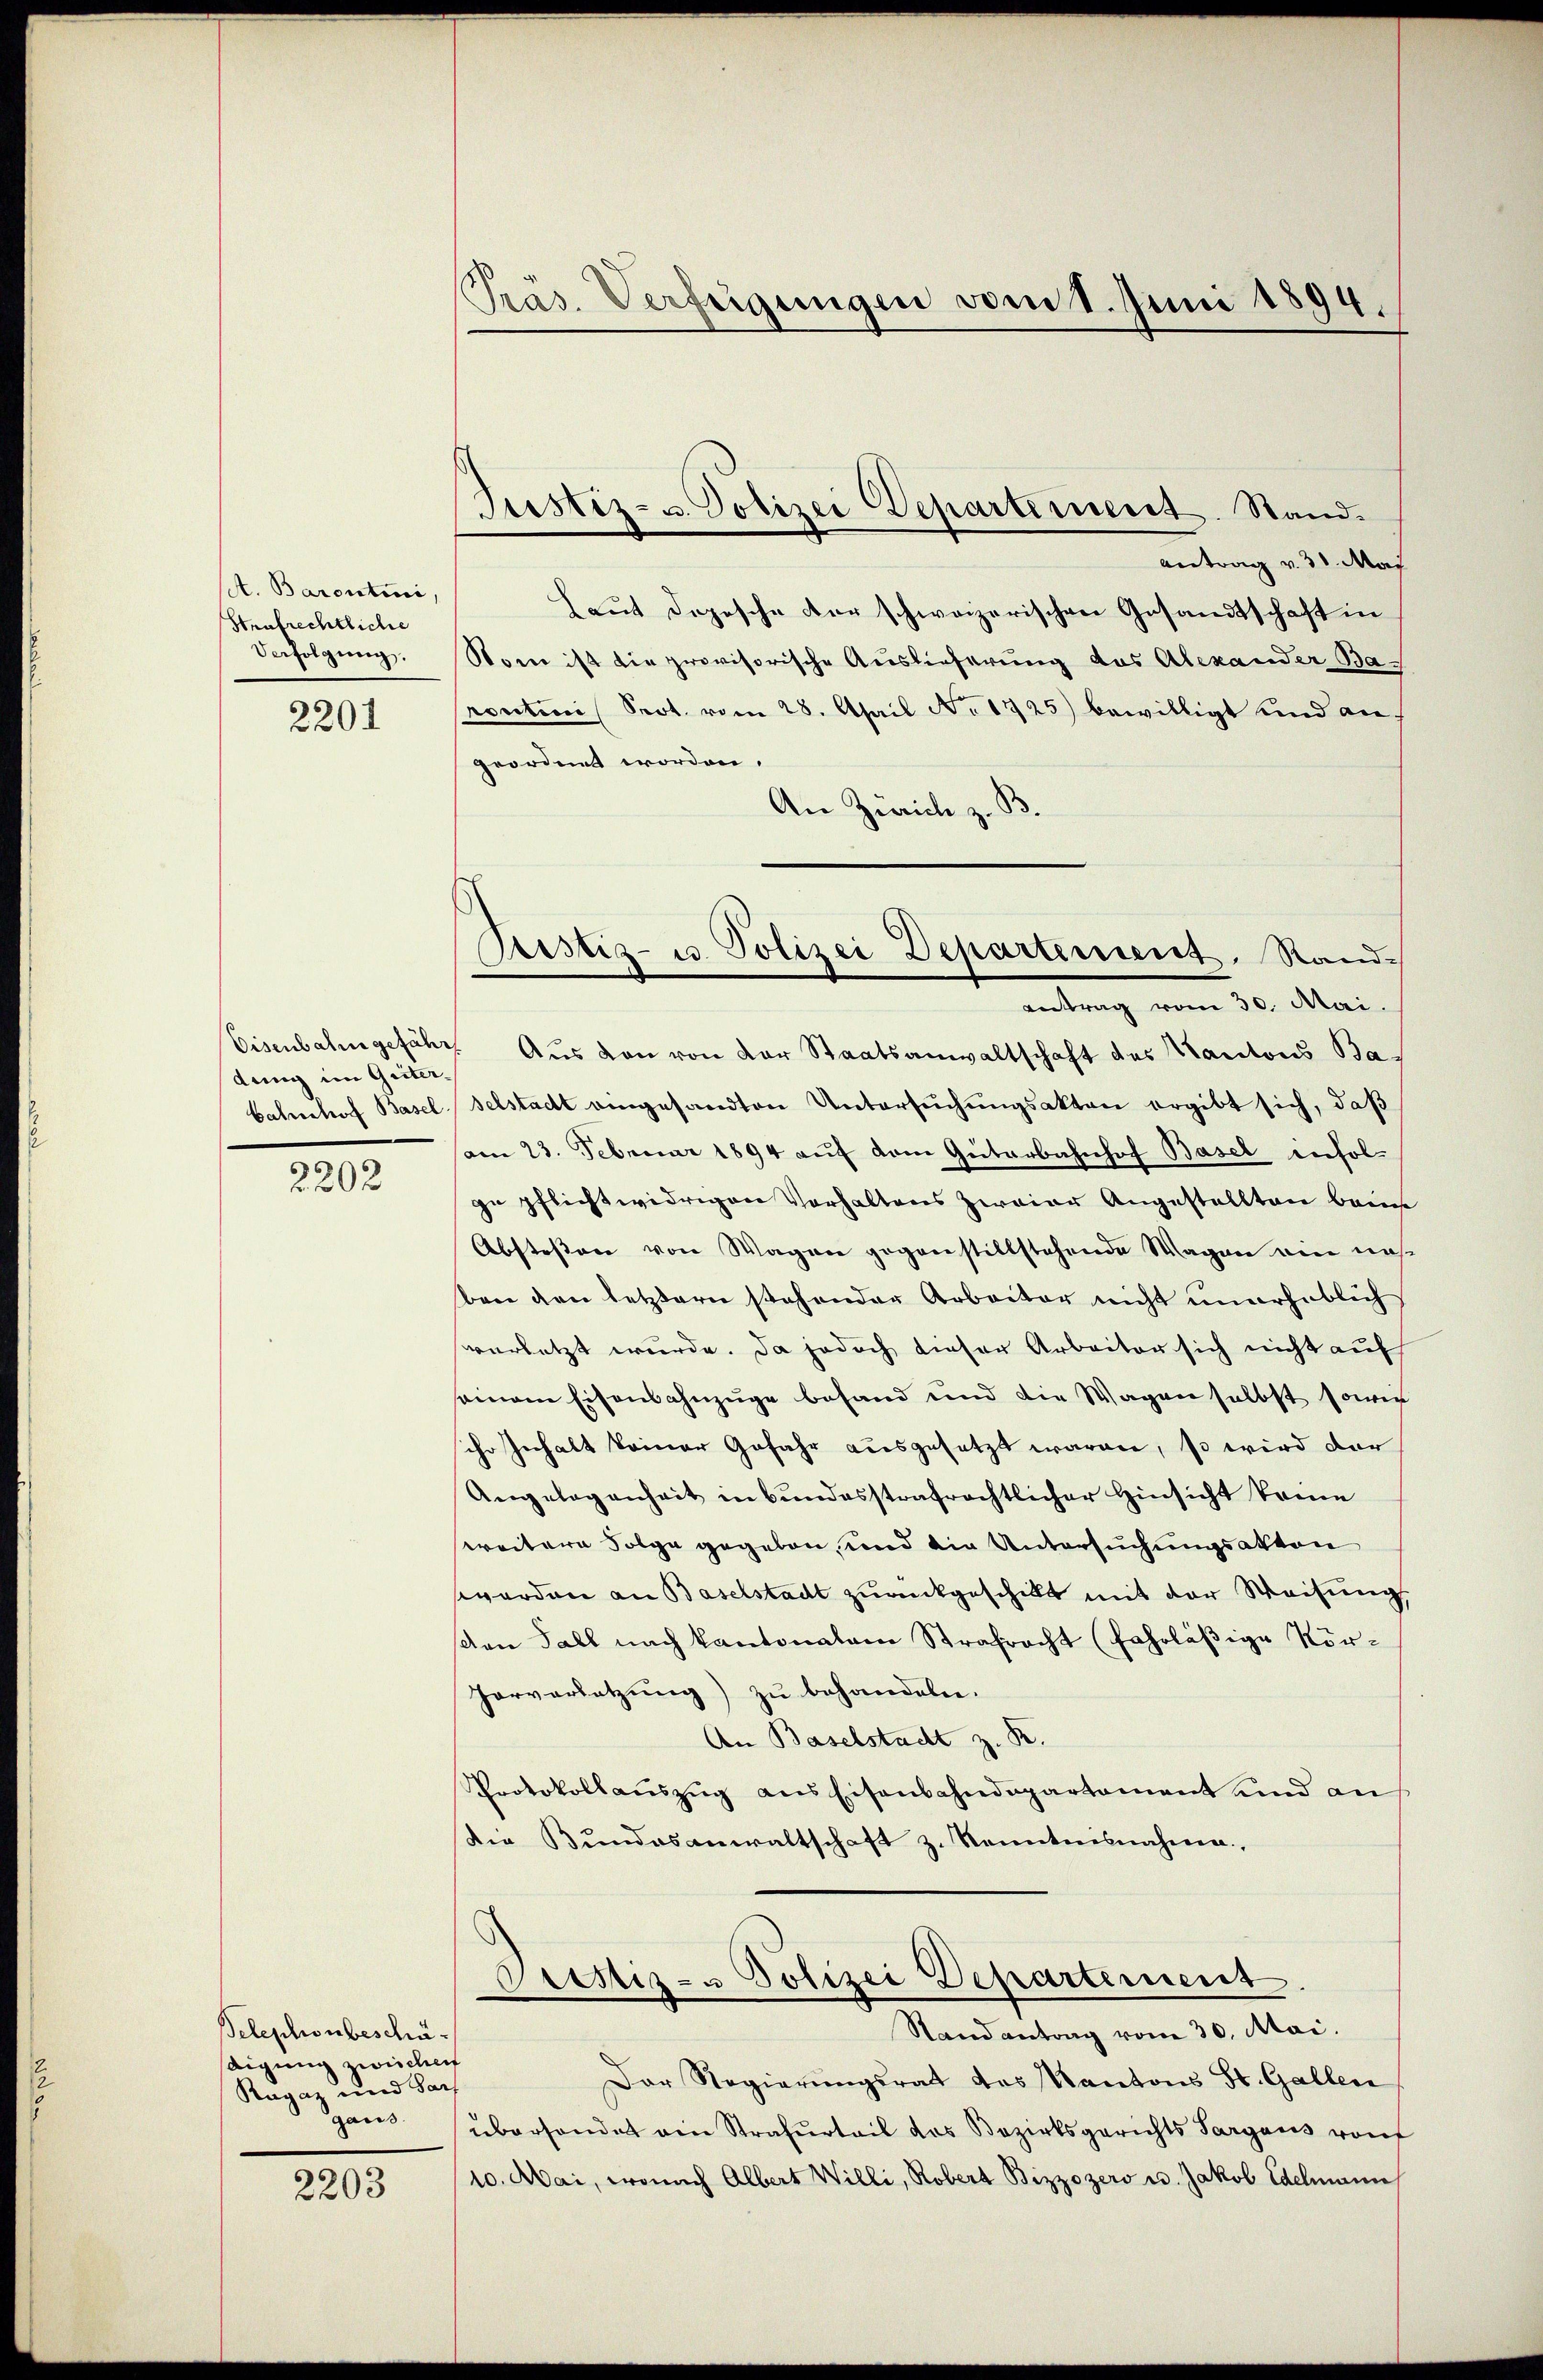
A. Barontini,
Strafrechtliche
Verfolgung.

2201

dung im Geiter¬
Bahnhof Basel

2202

Belephonbeschädigung zwischei
Ragaz und Sach
gans.

2203

Pras. Verfügungen vom 1. Juni 1894.

Justiz- u. Polizei Departement. Stand.

Sistiz- u. Polizei Departement. Stand

antrag v. 31. Mai
Haut dopesche der schweizerischen Gesandtschaft in
Stone ist die provisorische Auslieferung des Alexander Bacontini Prot. vom 28. April No 1325) bewilligt und an
geordnet worden.
An Zürich z. B.
Antrag vom 30. Mai.
Eisenbahngefähr. Aus von von der Staatsanwaltschaft des Kantons Baselstadt eingesandten Untersuchungsakten ergibt sich, daß
am 23. Februar 1894 auf dem Güterbahnhof Basel infolze pflichtwidrigen Vorhaltens zweier Angestellten beim
Abstessen von Wagen gegenstillstehende Wagen ein nah
ben den letztern stehender Arbeiter nicht unerheblich
verletzt wurde. Da jedoch dieser Arbeiter sich nicht auf
seinem Eisenbahnzüge befand und die Wagen selbst sowie
scho Inhalt keiner Gefahr ausgesetzt waren, so wird der
Angelegenheit in bundesstrafrechtlicher Hinsicht keine
sereitere Folge gegeben, und die Untersuchungsakten
worden an Baselstadt zurückgeschickt mit der Weisung,
sen Fall nach kantonalem Strafracht (Fahrläßige Kör¬
Horverletzung) zu behandeln.
An Baselstadt z. R.
Protokollaŭszŭg ans Eisenbahndepartament und an
Die Bŭndesanwaltschaft z. Renntnisnahme,
Prestiz- u Polizei Departement
Stand antrag vom 30. Mai.
Der Regierŭngsrat das Kantons St. Gallen
überhandet ein Strafurteil das Bezirksgerichts Sargaus rauf
10. Mai, wonach Albert Willi, Robert Bizzozers u. Jakob Edelmann